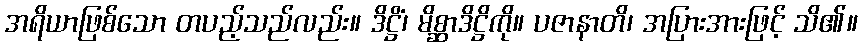
အရိယာဖြစ်သော တပည့်သည်လည်း။ ဒိဋ္ဌိံ၊ မိစ္ဆာဒိဋ္ဌိကို။ ပဇာနာတိ၊ အပြားအားဖြင့် သိ၏။